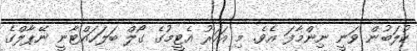
ކުލަބުން ވަނީ ނިންމާފަ އެވެ. މި އަހަރު އެޓީމުގެ ގޯލް ބަލަހައްޓާނީ ނޭޕާލްގެ